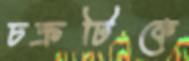
চক্রটিকে